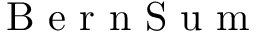
\mathrm { ~ B ~ e ~ r ~ n ~ S ~ u ~ m ~ }